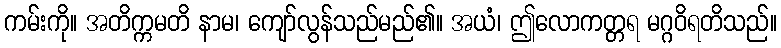
ကမ်းကို။ အတိက္ကမတိ နာမ၊ ကျော်လွန်သည်မည်၏။ အယံ၊ ဤလောကတ္တရ မဂ္ဂဝိရတိသည်။